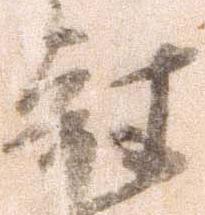
刻